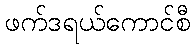
ဖက်ဒရယ်ကောင်စီ